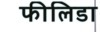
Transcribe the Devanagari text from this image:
फीलिडा